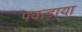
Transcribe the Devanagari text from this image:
पकड़ाया